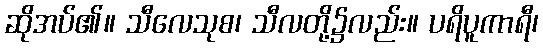
ဆိုအပ်၏။ သီလေသုစ၊ သီလတို့၌လည်း။ ပရိပူကာရီ၊